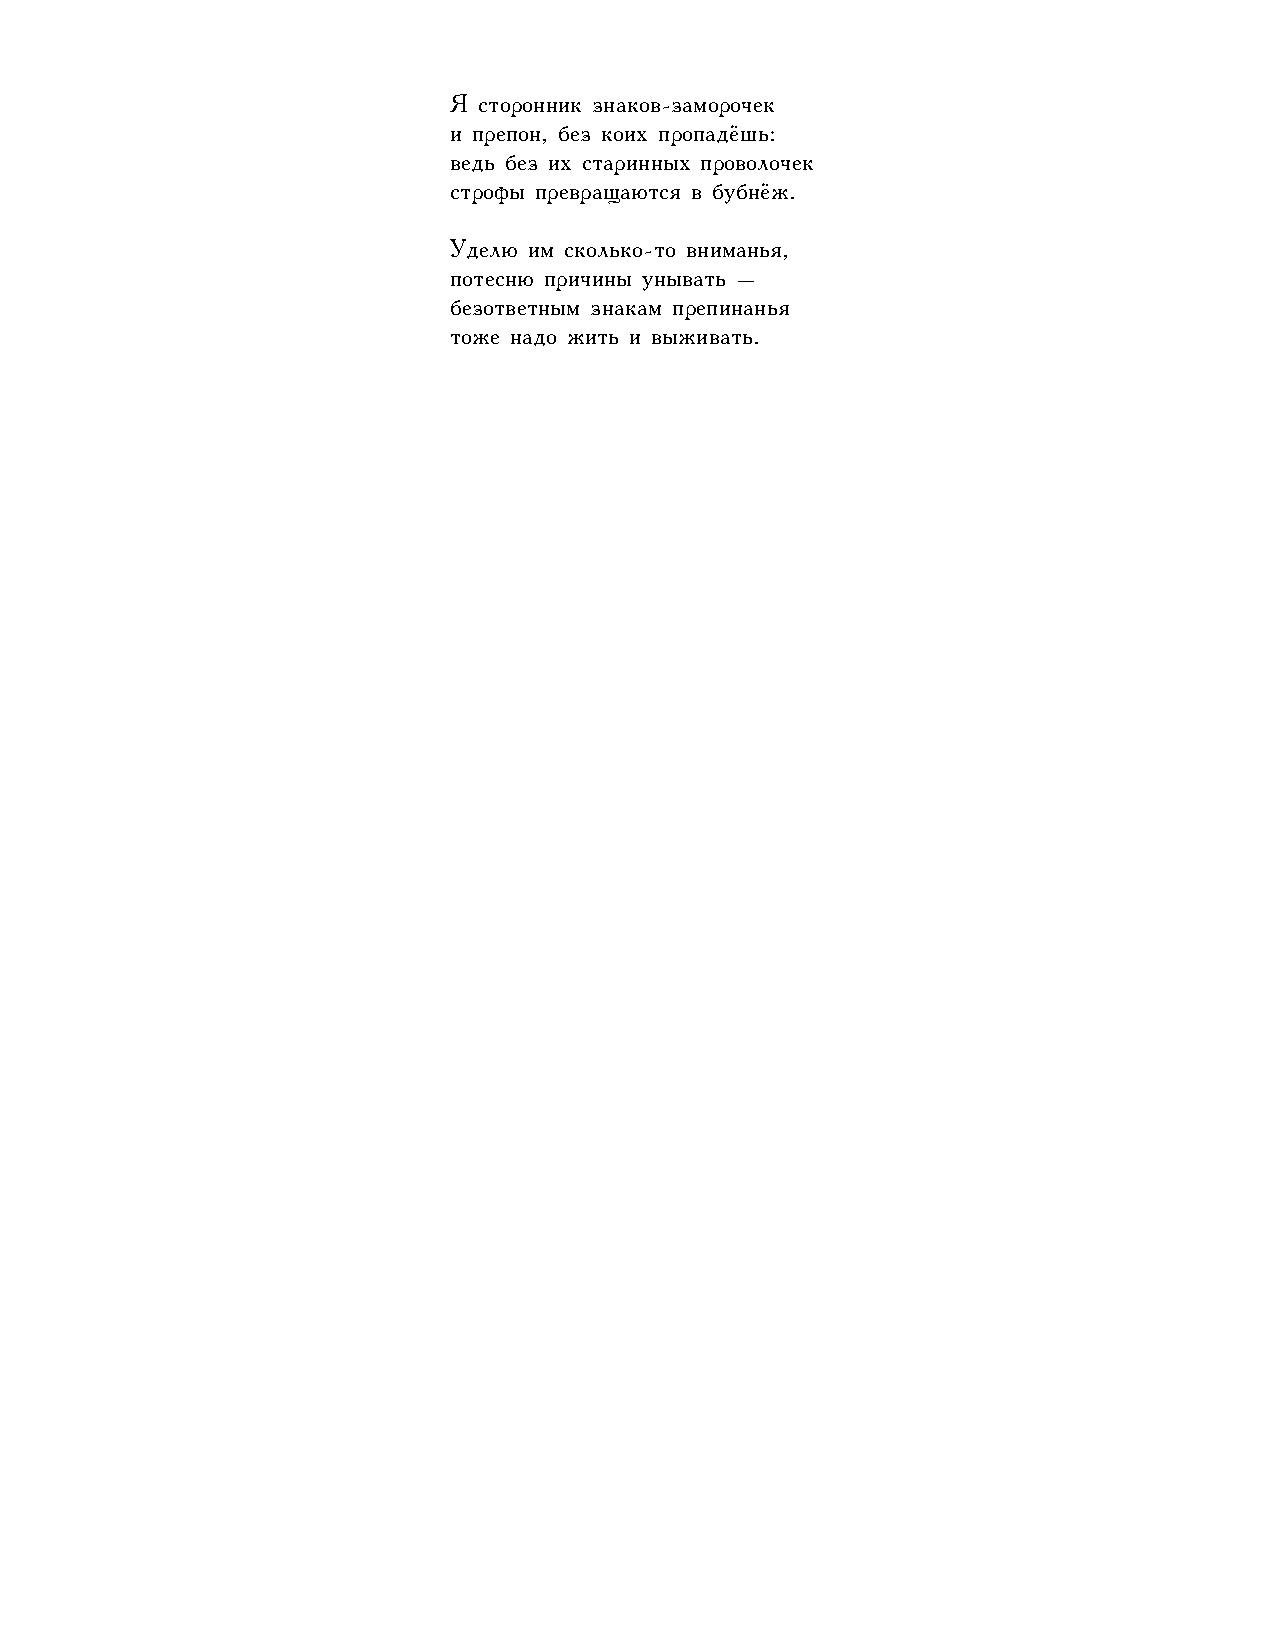
Я сторонник знаков-заморочек
 и препон, без коих пропадёшь:
 ведь без их старинных проволочек
 строфы превращаются в бубнёж.
 Уделю им сколько-то вниманья,
 потесню причины унывать –
 безответным знакам препинанья
 тоже надо жить и выживать.
 71